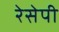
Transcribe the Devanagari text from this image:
रेसेपी